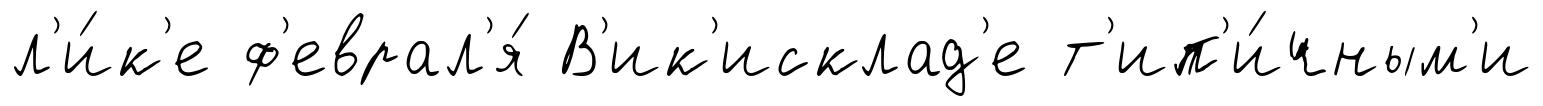
л'и́к'е ф'еврал'я́ В'ик'исклад'е т'ип'и́чным'и